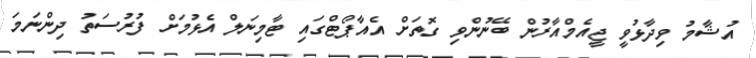
އުޝާމު ވިދާޅުވީ ޖީއެމްއާރުން ބޭނުންވި ގޮތަށް އެއާޕޯޓްގައި ޓާމިނަލް އެޅުމަށް ފުރުސަތު ދިންނަމަ